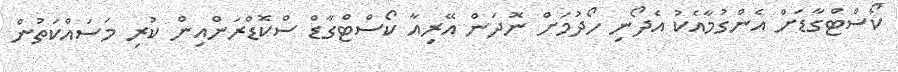
ކޯސްޓްގާޑަށް އެންގުމާއެކު އެދޯނި ހޯދުމަށް ނޮދަން އޭރިއާ ކޯސްޓްގާޑް ސްކޮޑްރަންއިން ކުރި މަސައްކަތުން